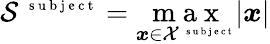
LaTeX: \mathcal S^{\mathrm{~\scriptsize~s~u~b~j~e~c~t~}}=\underset{\boldsymbol x\in\mathcal X^{\mathrm{~\scriptsize~s~u~b~j~e~c~t~}}}{\mathrm{~m~a~x~}}|\boldsymbol x|